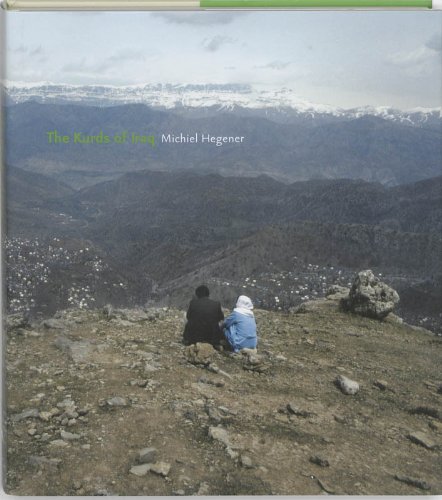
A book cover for The Kurds of Iraq; Michiel Hegener; Travel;